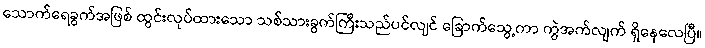
သောက်ရေခွက်အဖြစ် ထွင်းလုပ်ထားသော သစ်သားခွက်ကြီးသည်ပင်လျင် ခြောက်သွေ့ကာ ကွဲအက်လျက် ရှိနေလေပြီ။